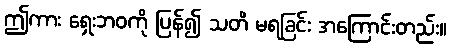
ဤကား ရှေးဘဝကို ပြန်၍ သတိ မရခြင်း အကြောင်းတည်း။